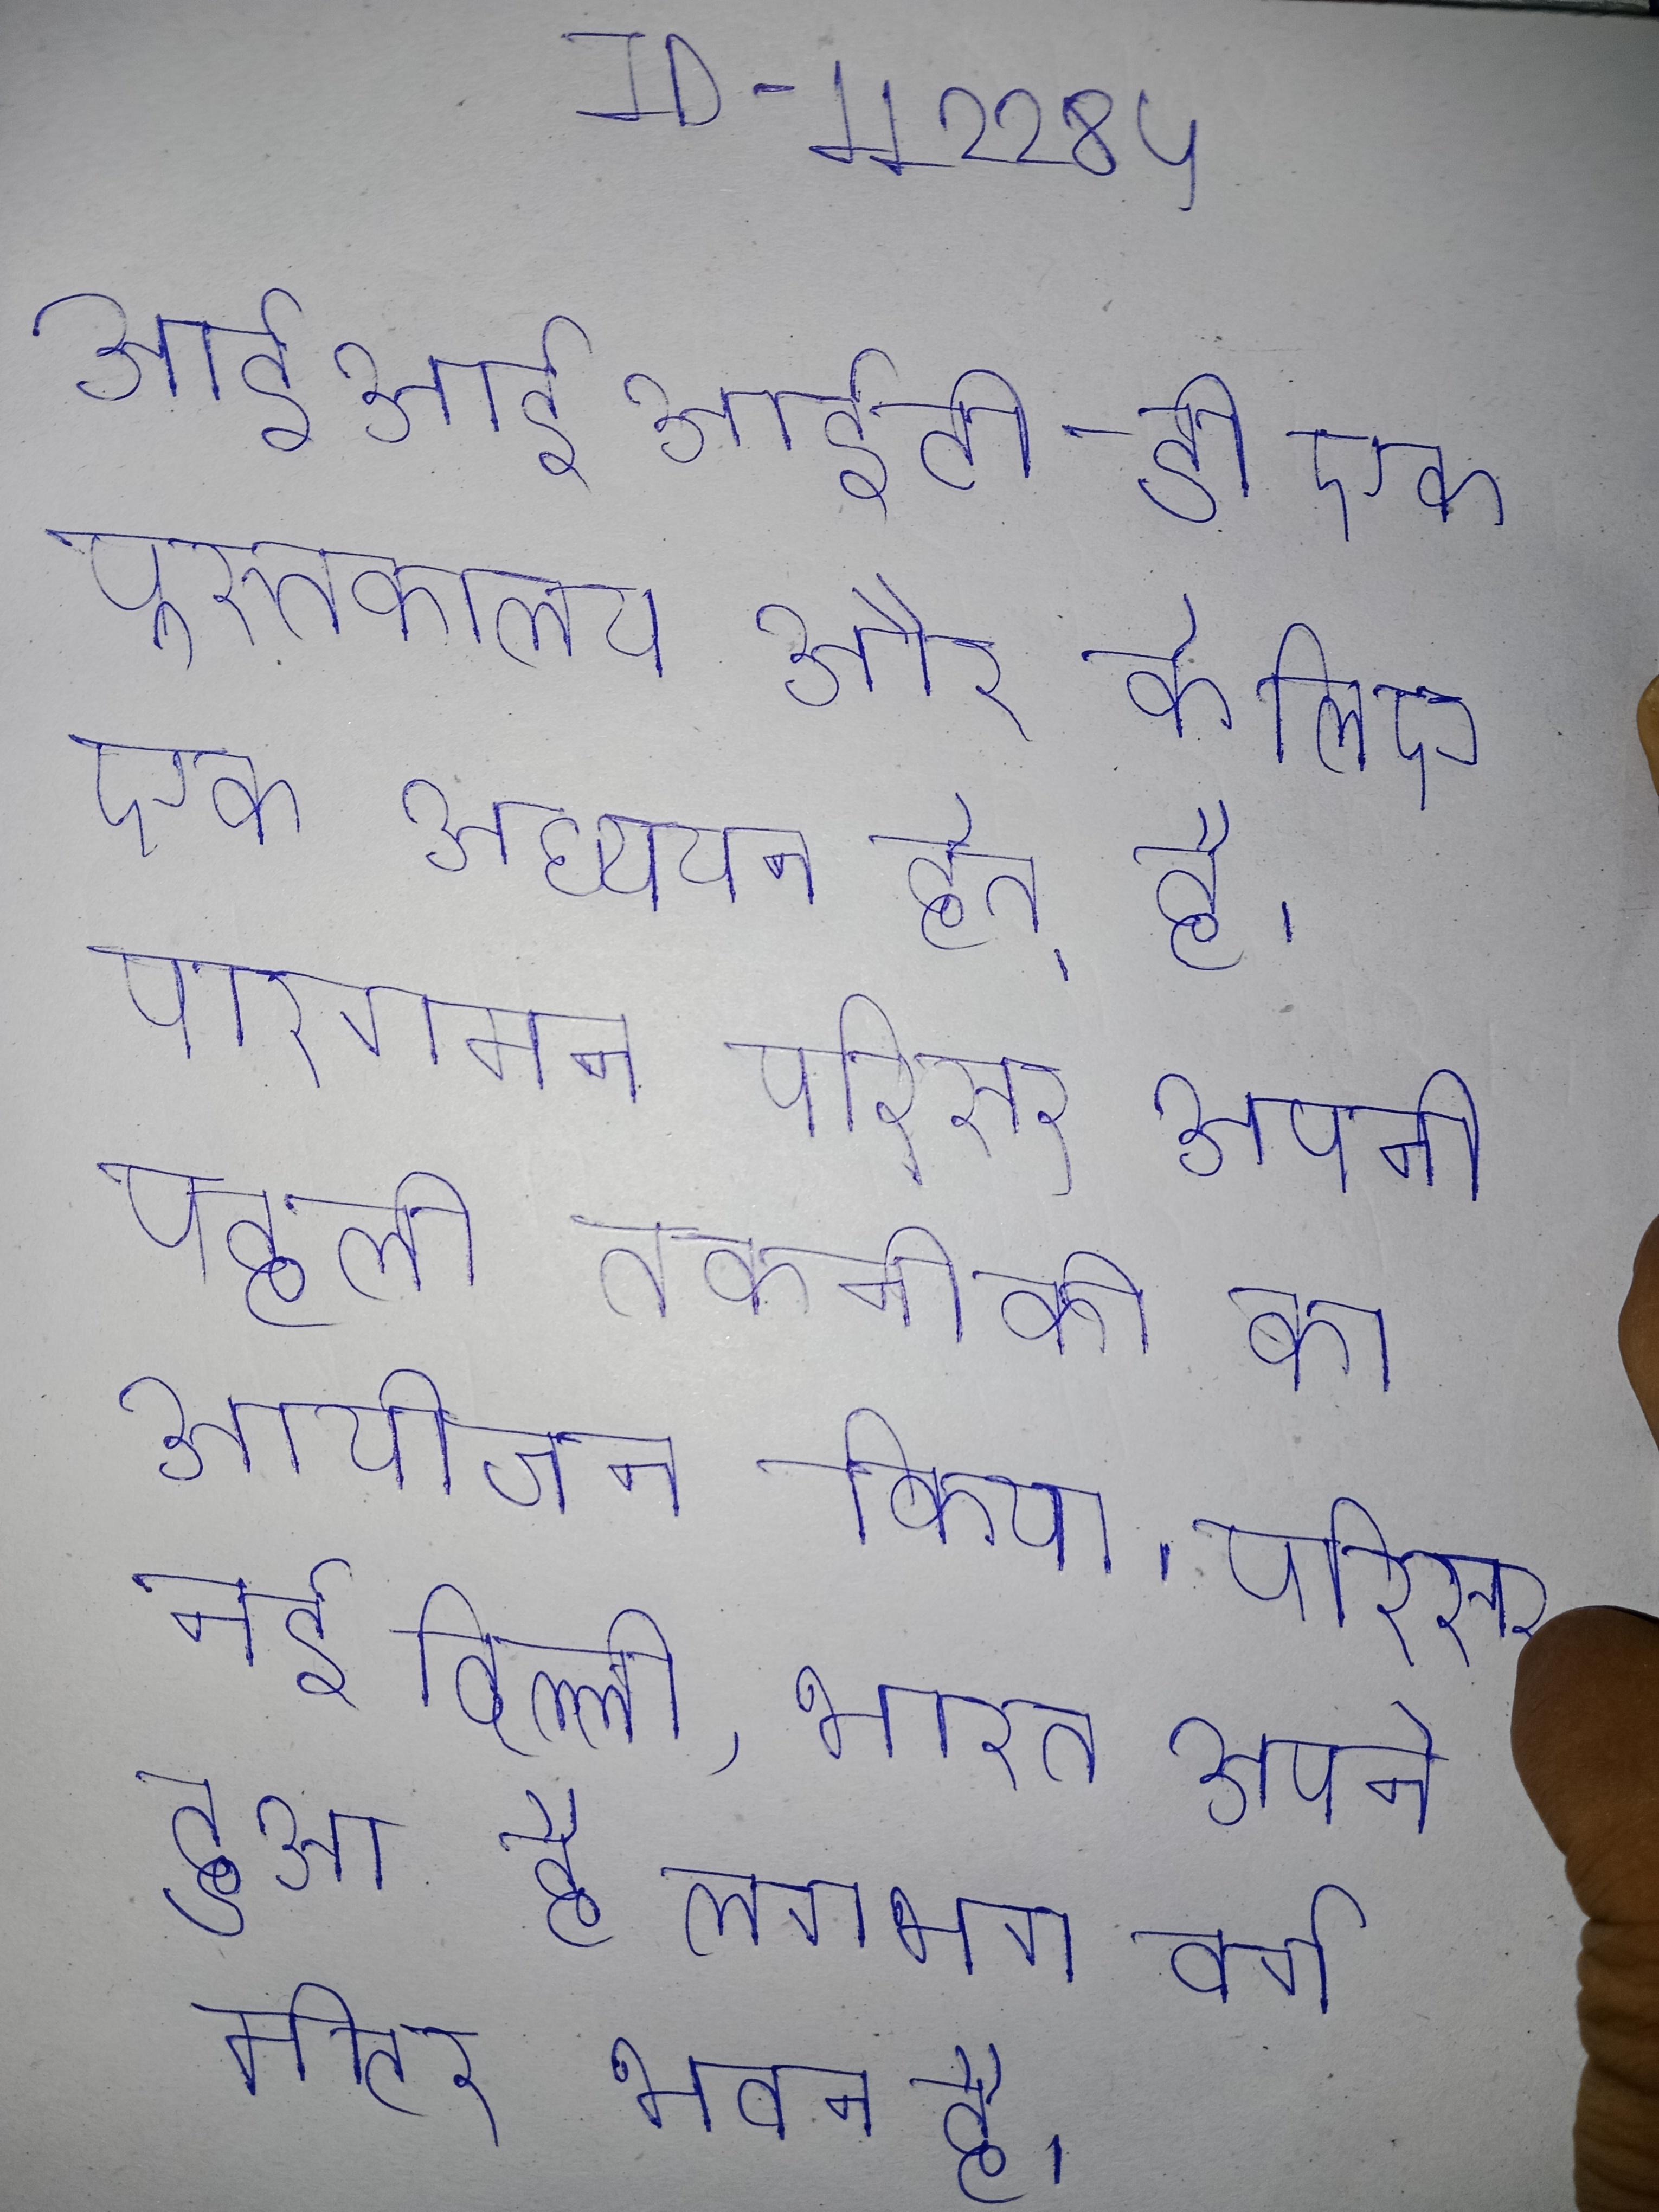
आईआईआईटी-डी एक पुस्तकालय और के लिए एक अध्ययन हेतु है । आईआईआईटी दिल्ली अब आईआईआईटी-डी के वार्षिक का एक अभिन्न हिस्सा है पर अपने पारगमन परिसर अपनी पहली तकनीकी त्योहार का आयोजन किया । आईआईआईटी दिल्ली, जुलाई से अपने स्थायी परिसर,ओखला फेज नई दिल्ली, भारत अपने परिसर स्थित है व फैला हुआ है लगभग वर्ग मीटर भवन है ।